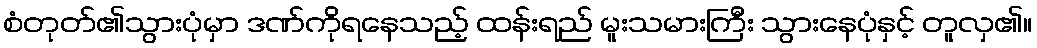
စံတုတ်၏သွားပုံမှာ ဒဏ်ကိုရနေသည့် ထန်းရည် မူးသမားကြီး သွားနေပုံနှင့် တူလှ၏။